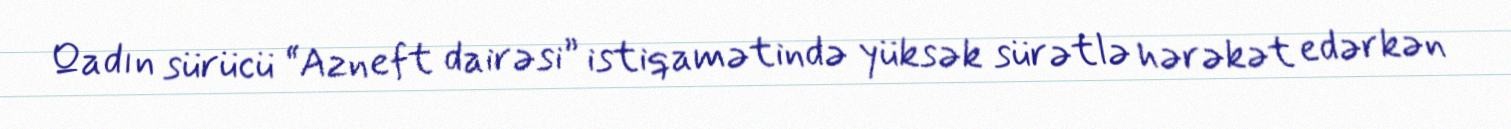
Qadın sürücü “Azneft dairəsi” istiqamətində yüksək sürətlə hərəkət edərkən